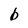
Character: b